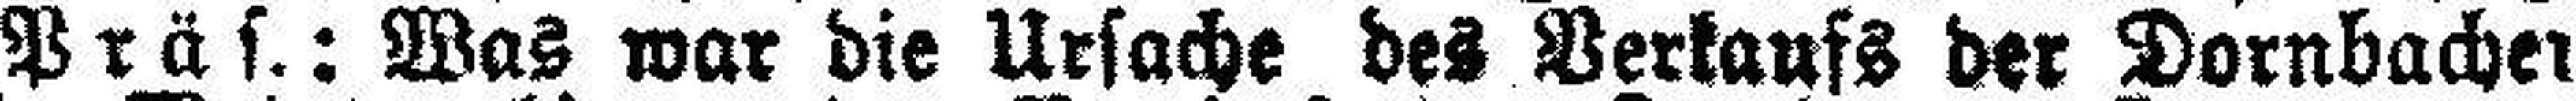
Präs.: Was war die Ursache des Verkaufs der Dornbache###